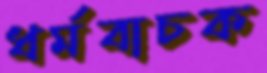
ধর্মবাচক